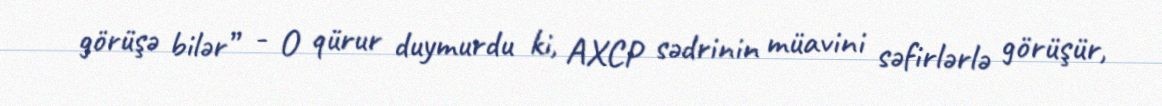
görüşə bilər” - O qürur duymurdu ki, AXCP sədrinin müavini səfirlərlə görüşür,